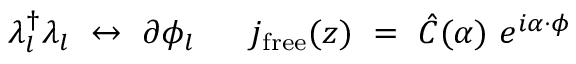
\lambda _ { l } ^ { \dagger } \lambda _ { l } ~ \leftrightarrow ~ \partial \phi _ { l } { } ~ ~ ~ ~ ~ j _ { \mathrm { f r e e } } ( z ) ~ = ~ { \hat { C } } ( \alpha ) ~ e ^ { i \alpha \cdot \phi }